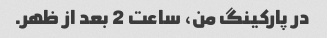
در پارکینگ من، ساعت 2 بعد از ظهر.